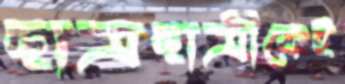
ছাত্রছাত্রীকেই